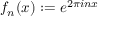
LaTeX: f _ { n } ( x ) : = e ^ { 2 \pi i n x }